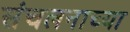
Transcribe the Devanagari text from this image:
संचलनाच्या